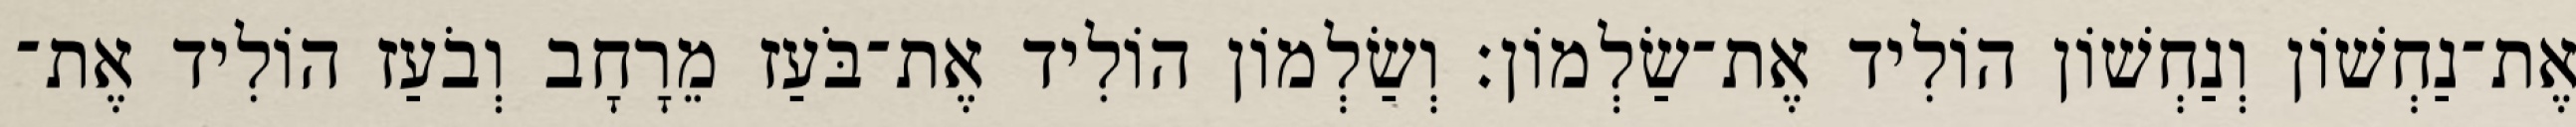
אֶת־נַחְשׁוֹן וְנַחְשׁוֹן הוֹלִיד אֶת־שַׂלְמוֹן׃ וְשַׂלְמוֹן הוֹלִיד אֶת־בֹּעַז מֵרָחָב וְבֹעַז הוֹלִיד אֶת־